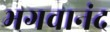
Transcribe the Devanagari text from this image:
भगवानंद